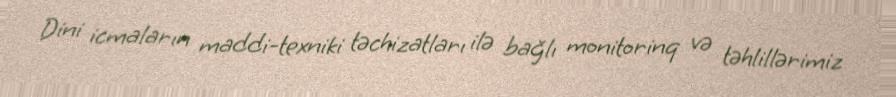
Dini icmaların maddi-texniki təchizatları ilə bağlı monitorinq və təhlillərimiz